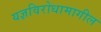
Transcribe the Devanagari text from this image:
यज्ञविरोधामागील